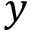
y